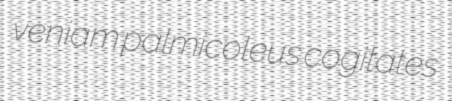
veniam palmicoleus cogitates